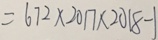
= 6 7 2 \times 2 0 1 7 \times 2 0 1 8 - 1